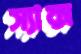
স্যাক্স